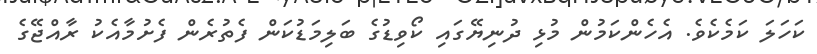
ކަހަލަ ކަމެކެވެ. އެހެންކަމުން މުޅި ދުނިޔޭގައި ކޯވިޑުގެ ބަލިމަޑުކަން ފެތުރެން ފެށުމާއެކު ރާއްޖޭގެ